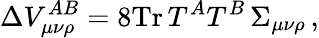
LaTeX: \Delta V_{\mu\nu\rho}^{AB}=8\mathrm{Tr}\, T^{A}T^{B}\, \Sigma_{\mu\nu\rho}\, ,